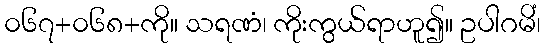
၀၆၇+၀၆၈+ကို။ သရဏံ၊ ကိုးကွယ်ရာဟူ၍။ ဥပါဂမိံ၊